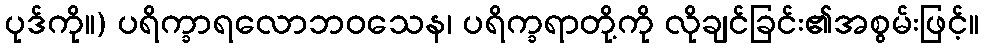
ပုဒ်ကို။) ပရိက္ခာရလောဘဝသေန၊ ပရိက္ခရာတို့ကို လိုချင်ခြင်း၏အစွမ်းဖြင့်။